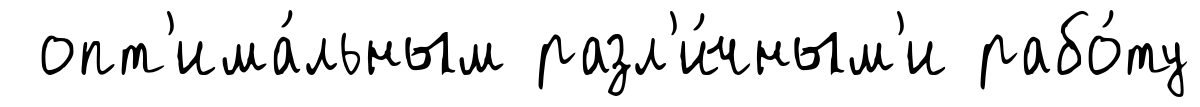
опт'има́льным разл'и́чным'и рабо́ту